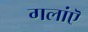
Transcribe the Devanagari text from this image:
गलांऎ